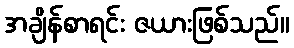
အချိန်စာရင်း ဇယားဖြစ်သည်။